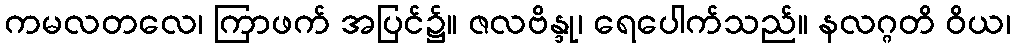
ကမလတလေ၊ ကြာဖက် အပြင်၌။ ဇလဗိန္ဒု၊ ရေပေါက်သည်။ နလဂ္ဂတိ ဝိယ၊